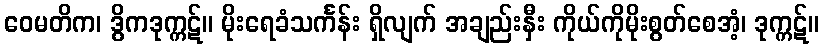
ဝေမတိက၊ ဒွိကဒုက္ကဋ်။ မိုးရေခံသင်္ကန်း ရှိလျက် အချည်းနှီး ကိုယ်ကိုမိုးစွတ်စေအံ့၊ ဒုက္ကဋ်။